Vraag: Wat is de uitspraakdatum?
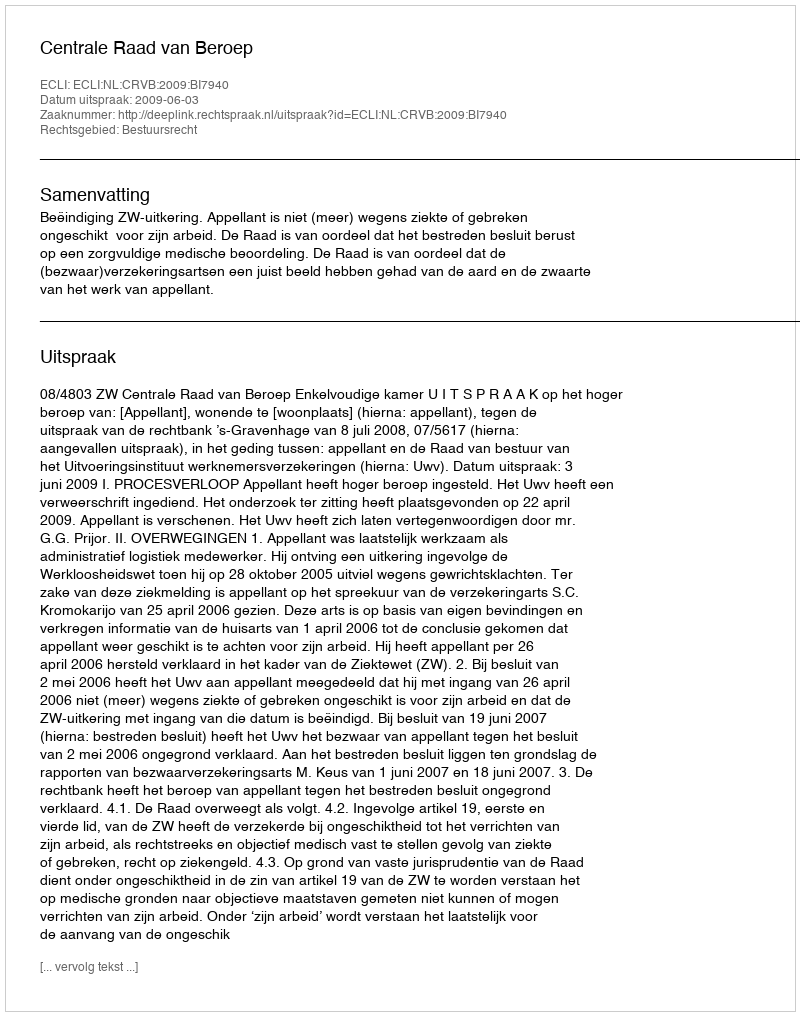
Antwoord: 2009-06-03